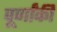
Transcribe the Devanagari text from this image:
पूर्णांकी